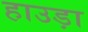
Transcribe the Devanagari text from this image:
हाउड़ा